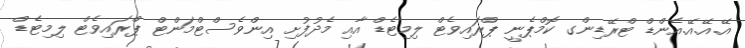
އޭ.އޭ.އޭ.އެންޑް ޓްރޭޑިންގ ކޮމްޕެނީ ޕްރައިވެޓް ލިމިޓެޑް އާއި މެދުފުށި އިންވެސްޓްމަންޓް ޕްރައިވެޓް ލިމިޓެޑް